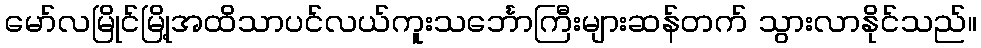
မော်လမြိုင်မြို့အထိသာပင်လယ်ကူးသင်္ဘောကြီးများဆန်တက် သွားလာနိုင်သည်။